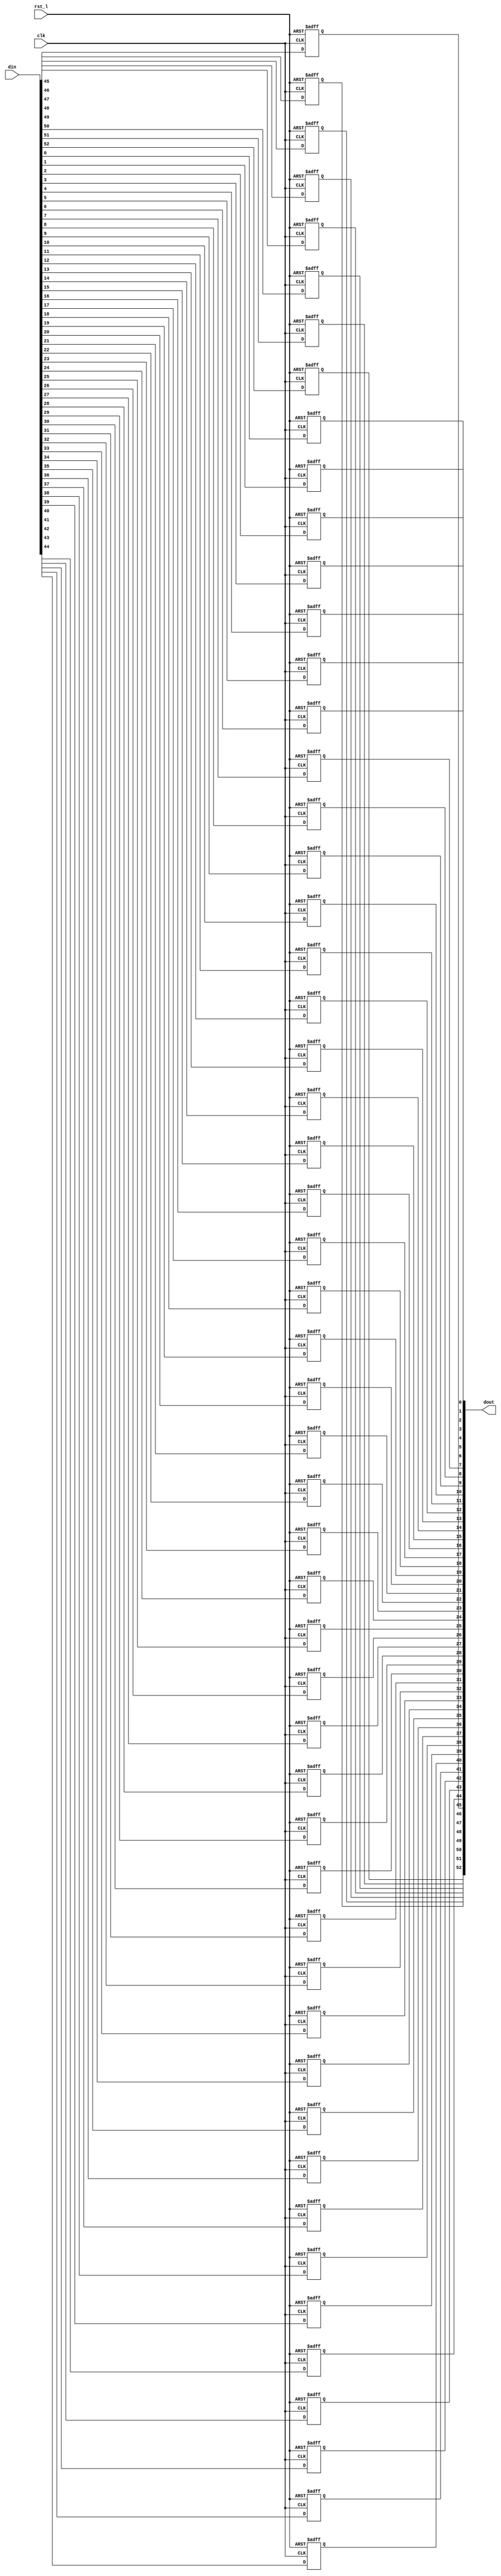
// This program was cloned from: https://github.com/NYU-MLDA/OpenABC
// License: BSD 3-Clause "New" or "Revised" License

module rvdff_WIDTH53
(
  din,
  clk,
  rst_l,
  dout
);

  input [52:0] din;
  output [52:0] dout;
  input clk;
  input rst_l;
  wire N0;
  reg [52:0] dout;

  always @(posedge clk or posedge N0) begin
    if(N0) begin
      dout[52] <= 1'b0;
    end else if(1'b1) begin
      dout[52] <= din[52];
    end
  end


  always @(posedge clk or posedge N0) begin
    if(N0) begin
      dout[51] <= 1'b0;
    end else if(1'b1) begin
      dout[51] <= din[51];
    end
  end


  always @(posedge clk or posedge N0) begin
    if(N0) begin
      dout[50] <= 1'b0;
    end else if(1'b1) begin
      dout[50] <= din[50];
    end
  end


  always @(posedge clk or posedge N0) begin
    if(N0) begin
      dout[49] <= 1'b0;
    end else if(1'b1) begin
      dout[49] <= din[49];
    end
  end


  always @(posedge clk or posedge N0) begin
    if(N0) begin
      dout[48] <= 1'b0;
    end else if(1'b1) begin
      dout[48] <= din[48];
    end
  end


  always @(posedge clk or posedge N0) begin
    if(N0) begin
      dout[47] <= 1'b0;
    end else if(1'b1) begin
      dout[47] <= din[47];
    end
  end


  always @(posedge clk or posedge N0) begin
    if(N0) begin
      dout[46] <= 1'b0;
    end else if(1'b1) begin
      dout[46] <= din[46];
    end
  end


  always @(posedge clk or posedge N0) begin
    if(N0) begin
      dout[45] <= 1'b0;
    end else if(1'b1) begin
      dout[45] <= din[45];
    end
  end


  always @(posedge clk or posedge N0) begin
    if(N0) begin
      dout[44] <= 1'b0;
    end else if(1'b1) begin
      dout[44] <= din[44];
    end
  end


  always @(posedge clk or posedge N0) begin
    if(N0) begin
      dout[43] <= 1'b0;
    end else if(1'b1) begin
      dout[43] <= din[43];
    end
  end


  always @(posedge clk or posedge N0) begin
    if(N0) begin
      dout[42] <= 1'b0;
    end else if(1'b1) begin
      dout[42] <= din[42];
    end
  end


  always @(posedge clk or posedge N0) begin
    if(N0) begin
      dout[41] <= 1'b0;
    end else if(1'b1) begin
      dout[41] <= din[41];
    end
  end


  always @(posedge clk or posedge N0) begin
    if(N0) begin
      dout[40] <= 1'b0;
    end else if(1'b1) begin
      dout[40] <= din[40];
    end
  end


  always @(posedge clk or posedge N0) begin
    if(N0) begin
      dout[39] <= 1'b0;
    end else if(1'b1) begin
      dout[39] <= din[39];
    end
  end


  always @(posedge clk or posedge N0) begin
    if(N0) begin
      dout[38] <= 1'b0;
    end else if(1'b1) begin
      dout[38] <= din[38];
    end
  end


  always @(posedge clk or posedge N0) begin
    if(N0) begin
      dout[37] <= 1'b0;
    end else if(1'b1) begin
      dout[37] <= din[37];
    end
  end


  always @(posedge clk or posedge N0) begin
    if(N0) begin
      dout[36] <= 1'b0;
    end else if(1'b1) begin
      dout[36] <= din[36];
    end
  end


  always @(posedge clk or posedge N0) begin
    if(N0) begin
      dout[35] <= 1'b0;
    end else if(1'b1) begin
      dout[35] <= din[35];
    end
  end


  always @(posedge clk or posedge N0) begin
    if(N0) begin
      dout[34] <= 1'b0;
    end else if(1'b1) begin
      dout[34] <= din[34];
    end
  end


  always @(posedge clk or posedge N0) begin
    if(N0) begin
      dout[33] <= 1'b0;
    end else if(1'b1) begin
      dout[33] <= din[33];
    end
  end


  always @(posedge clk or posedge N0) begin
    if(N0) begin
      dout[32] <= 1'b0;
    end else if(1'b1) begin
      dout[32] <= din[32];
    end
  end


  always @(posedge clk or posedge N0) begin
    if(N0) begin
      dout[31] <= 1'b0;
    end else if(1'b1) begin
      dout[31] <= din[31];
    end
  end


  always @(posedge clk or posedge N0) begin
    if(N0) begin
      dout[30] <= 1'b0;
    end else if(1'b1) begin
      dout[30] <= din[30];
    end
  end


  always @(posedge clk or posedge N0) begin
    if(N0) begin
      dout[29] <= 1'b0;
    end else if(1'b1) begin
      dout[29] <= din[29];
    end
  end


  always @(posedge clk or posedge N0) begin
    if(N0) begin
      dout[28] <= 1'b0;
    end else if(1'b1) begin
      dout[28] <= din[28];
    end
  end


  always @(posedge clk or posedge N0) begin
    if(N0) begin
      dout[27] <= 1'b0;
    end else if(1'b1) begin
      dout[27] <= din[27];
    end
  end


  always @(posedge clk or posedge N0) begin
    if(N0) begin
      dout[26] <= 1'b0;
    end else if(1'b1) begin
      dout[26] <= din[26];
    end
  end


  always @(posedge clk or posedge N0) begin
    if(N0) begin
      dout[25] <= 1'b0;
    end else if(1'b1) begin
      dout[25] <= din[25];
    end
  end


  always @(posedge clk or posedge N0) begin
    if(N0) begin
      dout[24] <= 1'b0;
    end else if(1'b1) begin
      dout[24] <= din[24];
    end
  end


  always @(posedge clk or posedge N0) begin
    if(N0) begin
      dout[23] <= 1'b0;
    end else if(1'b1) begin
      dout[23] <= din[23];
    end
  end


  always @(posedge clk or posedge N0) begin
    if(N0) begin
      dout[22] <= 1'b0;
    end else if(1'b1) begin
      dout[22] <= din[22];
    end
  end


  always @(posedge clk or posedge N0) begin
    if(N0) begin
      dout[21] <= 1'b0;
    end else if(1'b1) begin
      dout[21] <= din[21];
    end
  end


  always @(posedge clk or posedge N0) begin
    if(N0) begin
      dout[20] <= 1'b0;
    end else if(1'b1) begin
      dout[20] <= din[20];
    end
  end


  always @(posedge clk or posedge N0) begin
    if(N0) begin
      dout[19] <= 1'b0;
    end else if(1'b1) begin
      dout[19] <= din[19];
    end
  end


  always @(posedge clk or posedge N0) begin
    if(N0) begin
      dout[18] <= 1'b0;
    end else if(1'b1) begin
      dout[18] <= din[18];
    end
  end


  always @(posedge clk or posedge N0) begin
    if(N0) begin
      dout[17] <= 1'b0;
    end else if(1'b1) begin
      dout[17] <= din[17];
    end
  end


  always @(posedge clk or posedge N0) begin
    if(N0) begin
      dout[16] <= 1'b0;
    end else if(1'b1) begin
      dout[16] <= din[16];
    end
  end


  always @(posedge clk or posedge N0) begin
    if(N0) begin
      dout[15] <= 1'b0;
    end else if(1'b1) begin
      dout[15] <= din[15];
    end
  end


  always @(posedge clk or posedge N0) begin
    if(N0) begin
      dout[14] <= 1'b0;
    end else if(1'b1) begin
      dout[14] <= din[14];
    end
  end


  always @(posedge clk or posedge N0) begin
    if(N0) begin
      dout[13] <= 1'b0;
    end else if(1'b1) begin
      dout[13] <= din[13];
    end
  end


  always @(posedge clk or posedge N0) begin
    if(N0) begin
      dout[12] <= 1'b0;
    end else if(1'b1) begin
      dout[12] <= din[12];
    end
  end


  always @(posedge clk or posedge N0) begin
    if(N0) begin
      dout[11] <= 1'b0;
    end else if(1'b1) begin
      dout[11] <= din[11];
    end
  end


  always @(posedge clk or posedge N0) begin
    if(N0) begin
      dout[10] <= 1'b0;
    end else if(1'b1) begin
      dout[10] <= din[10];
    end
  end


  always @(posedge clk or posedge N0) begin
    if(N0) begin
      dout[9] <= 1'b0;
    end else if(1'b1) begin
      dout[9] <= din[9];
    end
  end


  always @(posedge clk or posedge N0) begin
    if(N0) begin
      dout[8] <= 1'b0;
    end else if(1'b1) begin
      dout[8] <= din[8];
    end
  end


  always @(posedge clk or posedge N0) begin
    if(N0) begin
      dout[7] <= 1'b0;
    end else if(1'b1) begin
      dout[7] <= din[7];
    end
  end


  always @(posedge clk or posedge N0) begin
    if(N0) begin
      dout[6] <= 1'b0;
    end else if(1'b1) begin
      dout[6] <= din[6];
    end
  end


  always @(posedge clk or posedge N0) begin
    if(N0) begin
      dout[5] <= 1'b0;
    end else if(1'b1) begin
      dout[5] <= din[5];
    end
  end


  always @(posedge clk or posedge N0) begin
    if(N0) begin
      dout[4] <= 1'b0;
    end else if(1'b1) begin
      dout[4] <= din[4];
    end
  end


  always @(posedge clk or posedge N0) begin
    if(N0) begin
      dout[3] <= 1'b0;
    end else if(1'b1) begin
      dout[3] <= din[3];
    end
  end


  always @(posedge clk or posedge N0) begin
    if(N0) begin
      dout[2] <= 1'b0;
    end else if(1'b1) begin
      dout[2] <= din[2];
    end
  end


  always @(posedge clk or posedge N0) begin
    if(N0) begin
      dout[1] <= 1'b0;
    end else if(1'b1) begin
      dout[1] <= din[1];
    end
  end


  always @(posedge clk or posedge N0) begin
    if(N0) begin
      dout[0] <= 1'b0;
    end else if(1'b1) begin
      dout[0] <= din[0];
    end
  end

  assign N0 = ~rst_l;

endmodule